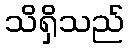
သိရှိသည်